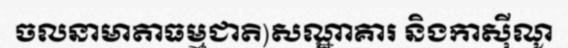
ចលនាមាតាធម្មជាតិ)សណ្ឋាគារ និងកាស៊ីណូ